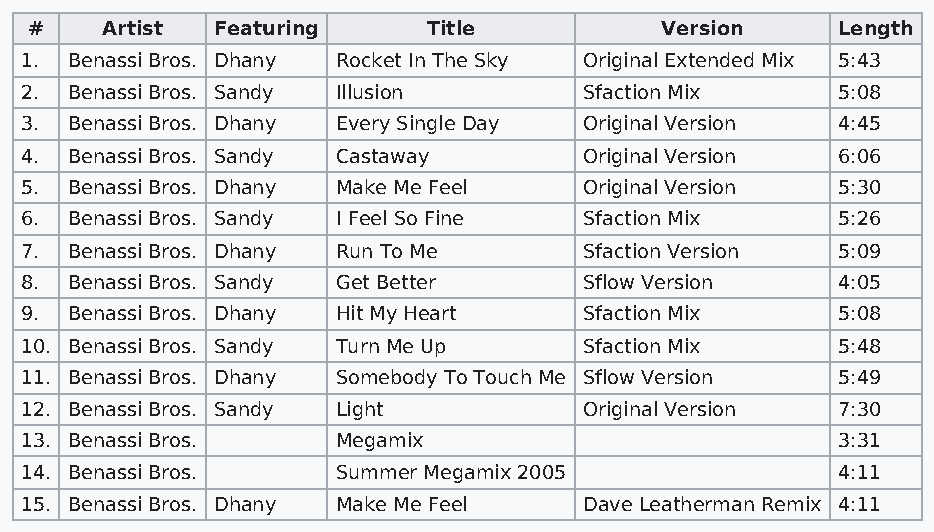
#    Artist Featuring     Title           Version    Length
 1. Benassi Bros. Dhany Rocket In The Sky Original Extended Mix 5:43
 2. Benassi Bros. Sandy Illusion       Sfaction Mix    5:08
 3. Benassi Bros. Dhany Every Single Day Original Version 4:45
 4. Benassi Bros. Sandy Castaway       Original Version 6:06
 5. Benassi Bros. Dhany Make Me Feel   Original Version 5:30
 6. Benassi Bros. Sandy I Feel So Fine Sfaction Mix    5:26
 7. Benassi Bros. Dhany Run To Me      Sfaction Version 5:09
 8. Benassi Bros. Sandy Get Better     Sflow Version   4:05
 9. Benassi Bros. Dhany Hit My Heart   Sfaction Mix    5:08
 10. Benassi Bros. Sandy Turn Me Up    Sfaction Mix    5:48
 11. Benassi Bros. Dhany Somebody To Touch Me Sflow Version 5:49
 12. Benassi Bros. Sandy Light         Original Version 7:30
 13. Benassi Bros.    Megamix                          3:31
 14. Benassi Bros.    Summer Megamix 2005              4:11
 15. Benassi Bros. Dhany Make Me Feel  Dave Leatherman Remix 4:11